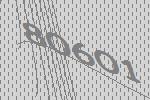
80601